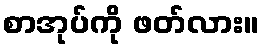
စာအုပ်ကို ဖတ်လား။